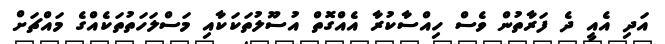
އަދި އެއީ ދެ ފަރާތުން ވެސް ހިއްސާކުރާ އެއްގޮތް އުސޫލުތަކަކާއި މަސްލަހަތުތަކެއްގެ މައްޗަށް